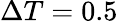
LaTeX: \Delta T=0.5\